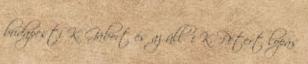
budapesti K. Gábort és az üllői K. Pétert lopás